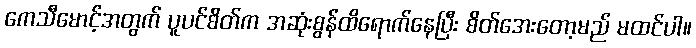
ကေသီမောင့်အတွက် ပူပင်စိတ်က အဆုံးစွန်ထိရောက်နေပြီး စိတ်အေးတော့မည် မထင်ပါ။